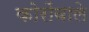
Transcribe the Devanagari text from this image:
कोरोंवाले